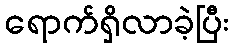
ရောက်ရှိလာခဲ့ပြီး